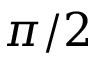
\pi / 2